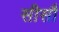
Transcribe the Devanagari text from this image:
सीसौ